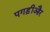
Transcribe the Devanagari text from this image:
पगड़ीऔर